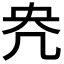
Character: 𭂰